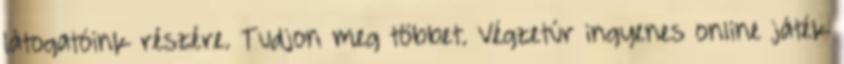
látogatóink részére. Tudjon meg többet. Végzetúr ingyenes online játék